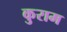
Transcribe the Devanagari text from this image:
कुराम